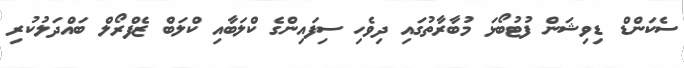
ސެކަންޑް ޑިވިޝަން ފުޓުބޯޅަ މުބާރާތުގައި ދިވެހި ސިފައިންގެ ކްލަބާއި ކްލަބް ޒެފްރޯލް ބައްދަލުކުރި